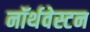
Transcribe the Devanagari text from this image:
नॉर्थवेस्टन